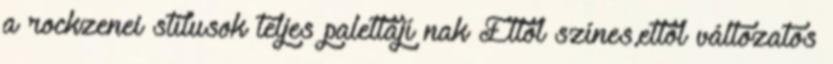
a rockzenei stí­lusok teljes palettájí nak Ettől szí­nes,ettől változatos